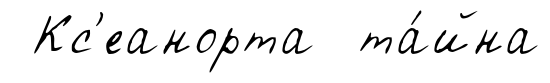
Кс'еанорта та́йна